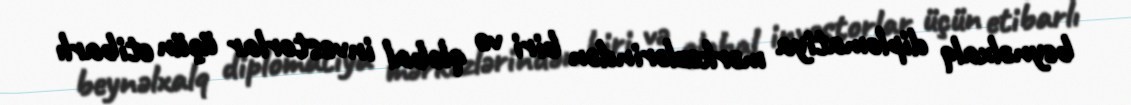
beynəlxalq diplomatiya mərkəzlərindən biri və qlobal investorlar üçün etibarlı